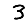
Digit: 3